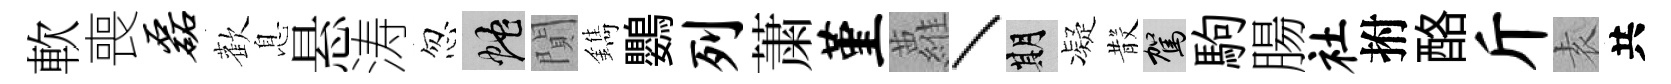
軟喪磊歡息悬涛忽蛇閴鐫鸚列䔥堇蘿丶期凝𣪚駕駒腸社拊酪斤𡊮共